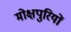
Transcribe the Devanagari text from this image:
मोक्षपुरियों